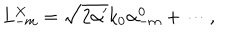
LaTeX: L _ { - m } ^ { X } = \sqrt { 2 \alpha ^ { \prime } } k _ { 0 } \alpha _ { - m } ^ { 0 } + \cdots ,